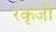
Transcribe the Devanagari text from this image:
रकृजी